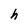
Character: h